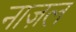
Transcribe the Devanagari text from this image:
नाज़ल